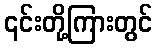
၎င်းတို့ကြားတွင်